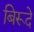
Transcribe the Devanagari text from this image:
बिरूदे